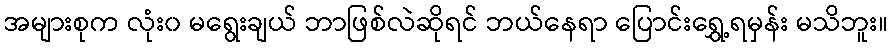
အများစုက လုံး၀ မရွေးချယ် ဘာဖြစ်လဲဆိုရင် ဘယ်နေရာ ပြောင်းရွှေ့ရမှန်း မသိဘူး။